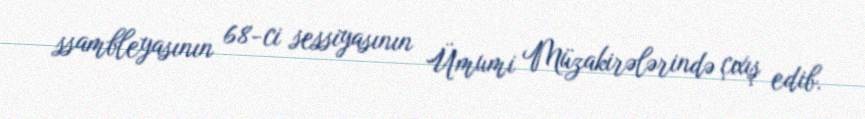
ssambleyasının 68-ci sessiyasının Ümumi Müzakirələrində çıxış edib.